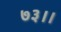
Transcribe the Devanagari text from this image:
७३।।